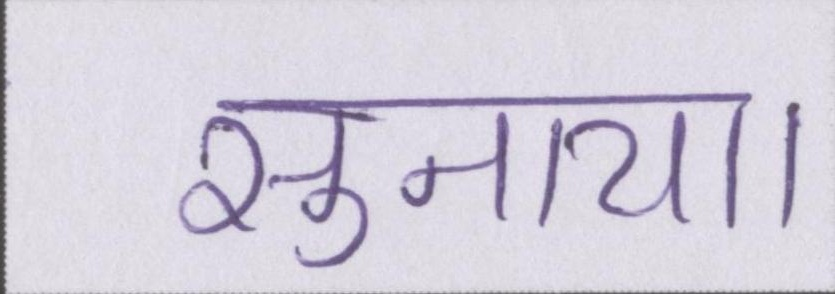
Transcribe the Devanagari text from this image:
सुनाया।